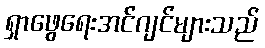
ရှာဖွေရေးအင်ဂျင်များသည်